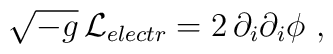
\sqrt{-g}\,{\cal L}_{ electr} = 2 \, \partial_i \partial_i \phi\ ,